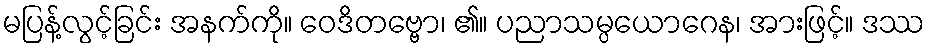
မပြန့်လွင့်ခြင်း အနက်ကို။ ဝေဒိတဗ္ဗော၊ ၏။ ပညာသမ္ပယောဂေန၊ အားဖြင့်။ ဒဿ